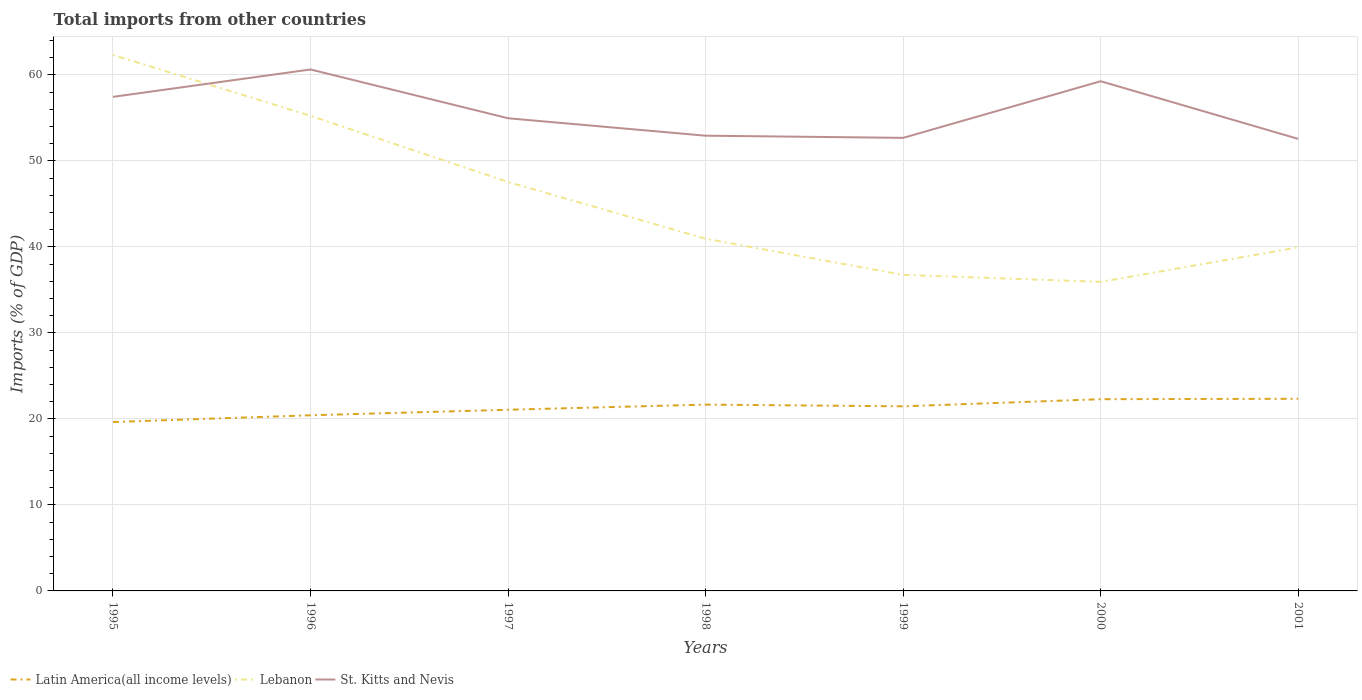
| Years | Latin America(all income levels) | Lebanon | St. Kitts and Nevis |
 | --- | --- | --- | --- |
 | 1995 | 19.6 | 62.3 | 57.5 |
 | 1996 | 20.4 | 55.3 | 60.6 |
 | 1997 | 21.1 | 47.6 | 55 |
 | 1998 | 21.7 | 41 | 52.9 |
 | 1999 | 21.5 | 36.8 | 52.7 |
 | 2000 | 22.3 | 35.9 | 59.3 |
 | 2001 | 22.3 | 40 | 52.6 |